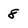
Character: 8